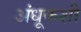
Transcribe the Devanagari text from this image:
अंधूकशी